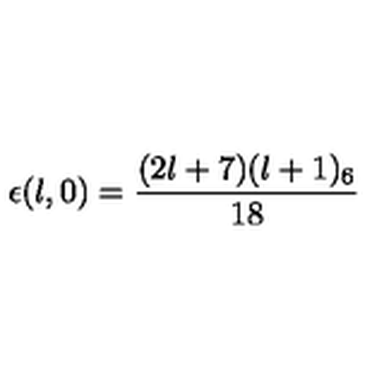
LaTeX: \epsilon ( l , 0 ) = \frac { ( 2 l + 7 ) ( l + 1 ) _ { 6 } } { 1 8 }